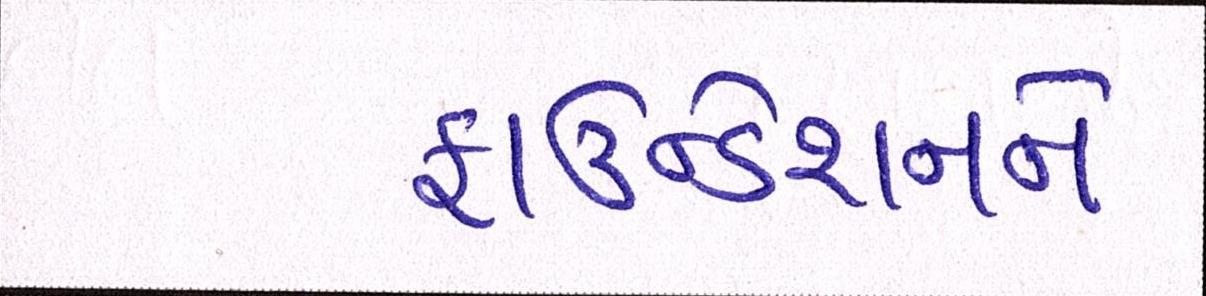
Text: ફાઉન્ડેશનને